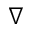
\nabla